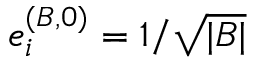
e _ { i } ^ { ( B , 0 ) } = 1 / \sqrt { | { \cal B } | }